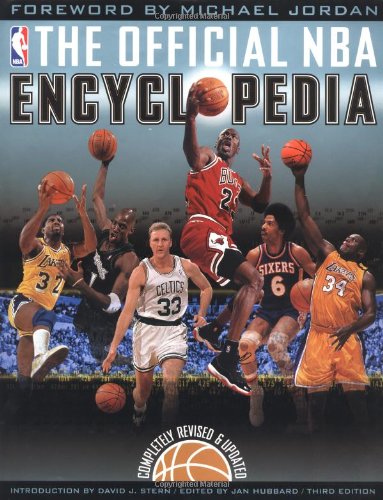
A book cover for The Official NBA Basketball Encyclopedia (3rd Edition); National Basketball Association; Sports & Outdoors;